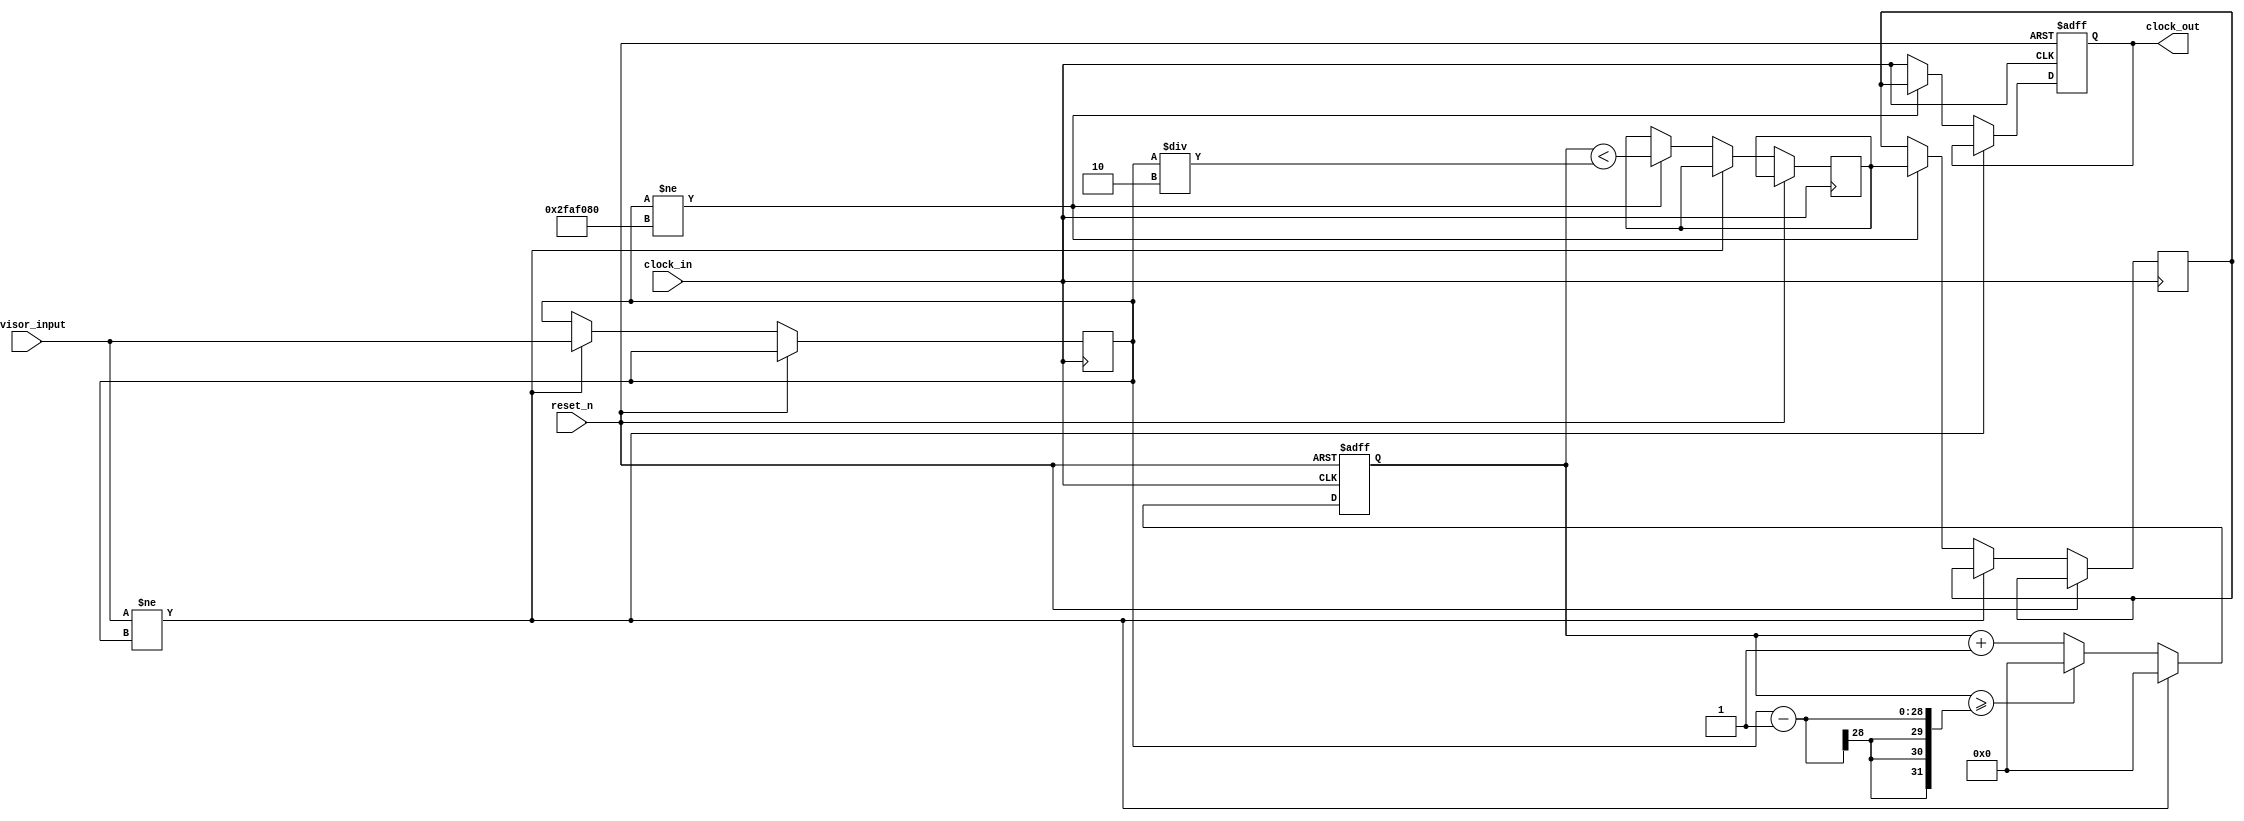
module clk_divider (
    input clock_in,      // input clock on FPGA
    input [27:0] divisor_input, // input divisor value
    input reset_n,       // active low reset signal
    output reg clock_out // output clock after dividing the input clock by divisor
);

reg [27:0] counter = 28'd0;
reg [27:0] divisor;
reg flipflop1, flipflop2;

always @(posedge clock_in or posedge reset_n) begin
    if (reset_n==1) begin
        counter <= 28'd0;
        clock_out <= 1'b0;
    end else begin
        if (divisor_input != divisor) begin
            divisor <= divisor_input;
            counter <= 28'd0;
        end else begin
            counter <= counter + 28'd1;
            if (counter >= (divisor - 1))
                counter <= 28'd0;

            // Si el divisor no es un mltiplo exacto de 50MHz, usar dos flip-flops para sincronizar la salida
            if (divisor != 50_000_000) begin
                flipflop1 <= (counter < (divisor / 2));
                flipflop2 <= flipflop1;
                clock_out <= flipflop2;
            end else begin
                // Si el divisor es un mltiplo exacto de 50MHz, simplemente pasar la seal de entrada a la salida
                clock_out <= clock_in;
            end
        end
    end
end

endmodule